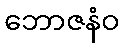
ဘောဇနံဝ